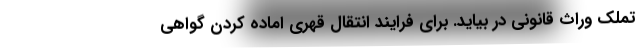
تملک وراث قانونی در بیاید. برای فرایند انتقال قهری اماده کردن گواهی